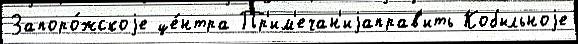
Запоро́жскоjе це́нтра Пр'им'ечан'иjаправ'ить Кобыльноjе